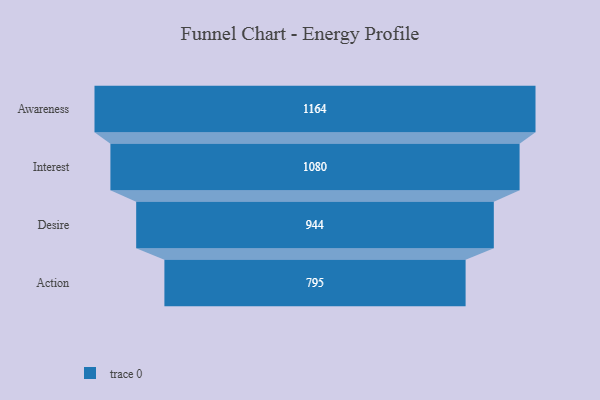
{"axis": {"x": "Stage", "y": "Value"}, "legend": [""], "data": [{"x": "Awareness", "y": 1164.0, "type": ""}, {"x": "Interest", "y": 1080.0, "type": ""}, {"x": "Desire", "y": 944.0, "type": ""}, {"x": "Action", "y": 795.0, "type": ""}]}